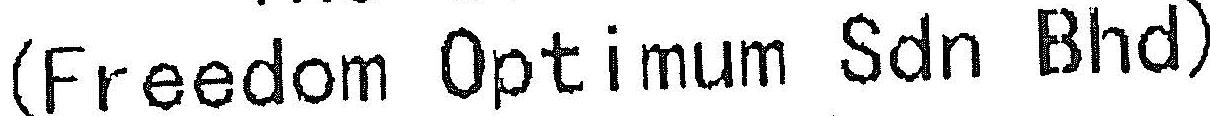
(FREEDOM OPTIMUM SDN BHD)